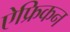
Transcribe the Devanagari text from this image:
ऐफ्रिकन